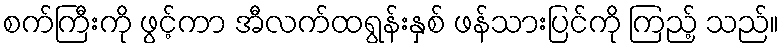
စက်ကြီးကို ဖွင့်ကာ အီလက်ထရွန်းနှစ် ဖန်သားပြင်ကို ကြည့် သည်။